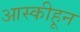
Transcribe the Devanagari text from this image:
आस्कीहून